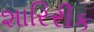
શારિરીક